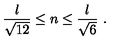
{ \frac { l } { \sqrt { 1 2 } } } \leq n \leq { \frac { l } { \sqrt { 6 } } } \ .